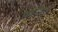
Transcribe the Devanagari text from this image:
उथोपियन